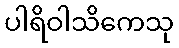
ပါရိဝါသိကေသု